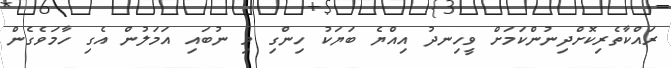
ރައްކާތެރިކޮށްދިނުންކަމަށް ވީހިނދު އިއްޔެ ބަޔަކު ހިންގި މި ނުބައި އަމަލުން އެގި ހާމަވެގެން